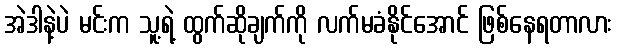
အဲဒါနဲ့ပဲ မင်းက သူ့ရဲ့ ထွက်ဆိုချက်ကို လက်မခံနိုင်အောင် ဖြစ်နေရတာလား